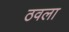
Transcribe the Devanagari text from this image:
ठवला